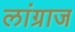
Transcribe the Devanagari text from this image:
लांग्राज